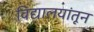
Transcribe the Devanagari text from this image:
विद्यालयांतून